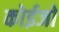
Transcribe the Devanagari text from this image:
कोईजो